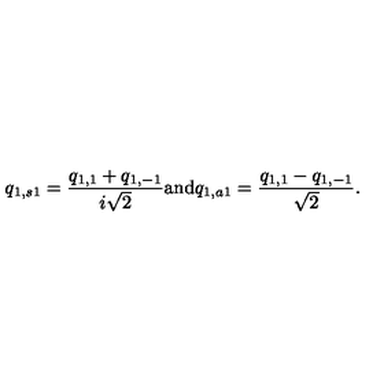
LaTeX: q _ { 1 , s 1 } = \frac { q _ { 1 , 1 } + q _ { 1 , - 1 } } { i \sqrt { 2 } } \mathrm { a n d } q _ { 1 , a 1 } = \frac { q _ { 1 , 1 } - q _ { 1 , - 1 } } { \sqrt { 2 } } .